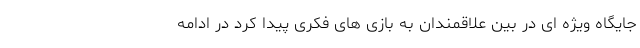
جایگاه ویژه ای در بین علاقمندان به بازی های فکری پیدا کرد در ادامه